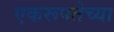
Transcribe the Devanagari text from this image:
एकरूपतेच्या